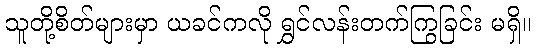
သူတို့စိတ်များမှာ ယခင်ကလို ရွှင်လန်းတက်ကြွခြင်း မရှိ။